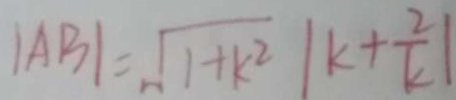
\vert A B \vert = \sqrt { 1 + k ^ { 2 } } \vert k + \frac { 2 } { k } \vert